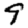
Digit: 9